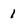
Character: 1